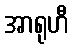
အာရုဟီ